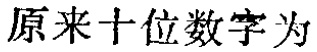
原来十位数字为